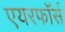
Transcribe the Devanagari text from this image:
एयरफॉर्स